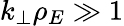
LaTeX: k_{\perp}\rho_{E}\gg 1